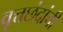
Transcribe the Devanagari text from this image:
वृत्तछंदांची